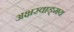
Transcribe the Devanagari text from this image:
अक्षरवाङ्‌मय